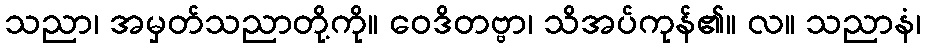
သညာ၊ အမှတ်သညာတို့ကို။ ဝေဒိတဗ္ဗာ၊ သိအပ်ကုန်၏။ လ။ သညာနံ၊